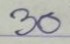
30